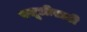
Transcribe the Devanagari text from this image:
वसूलीसाठी